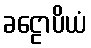
ခဠောပိယံ